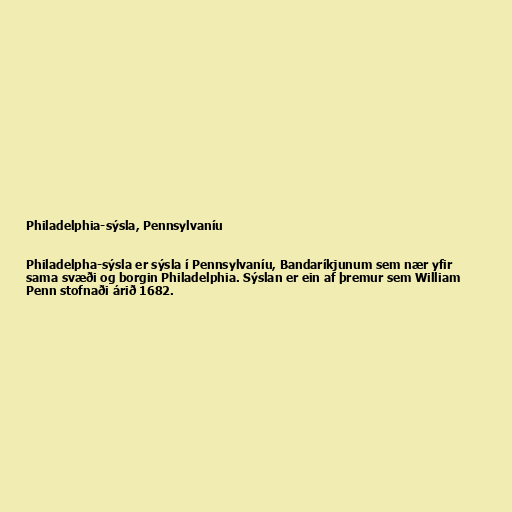
Philadelphia-sýsla, Pennsylvaníu

Philadelpha-sýsla er sýsla í Pennsylvaníu, Bandaríkjunum sem nær yfir
sama svæði og borgin Philadelphia. Sýslan er ein af þremur sem William
Penn stofnaði árið 1682.